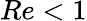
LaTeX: Re<1